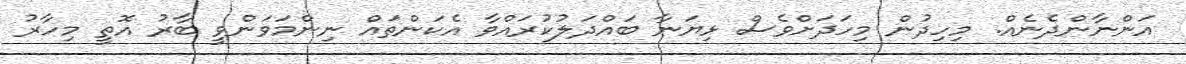
އަންނާންދެނެއް. މިހިދުން މިހަދަށްވެސް ޅިޔަނާ ބައްދަލުކުރައްވާ އެކަންތައް ނިންމަވަންވީ ބާރު އޮތީ މިހާރު